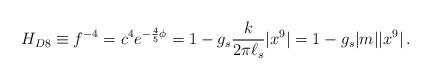
LaTeX: \begin{align*}H_{D8} \equiv f^{-4} = c^4 e^{-{4\over 5}\phi} = 1- g_s {k \over 2\pi \ell_s}|x^9 | = 1- g_s |m||x^9|\, .\end{align*}